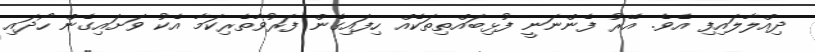
ދިއްލާލައިފި އެވެ. އޭރު ފެންނަނީ ފުޅިބައްތިތަކެއް ހިފައިގެން ފަރުވާތެރިކަމާ އެކު ވަށައިގެން ހޯދައި